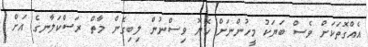
އެއްގޮތަކަށް ވެސް ބަޔަކު މީހުންނަށް ހެޔޮ ވިސްނުން ލިބިގެން މާތް ރަސްކަލާނގެ އަށް